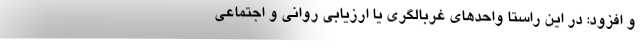
و افزود: در این راستا واحدهای غربالگری یا ارزیابی روانی و اجتماعی